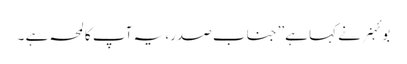
بوئہنر نے کہا ہے’’جنابِ صدر، یہ آپ کا لمحہ ہے ۔